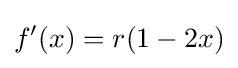
f'(x)=r(1-2x)